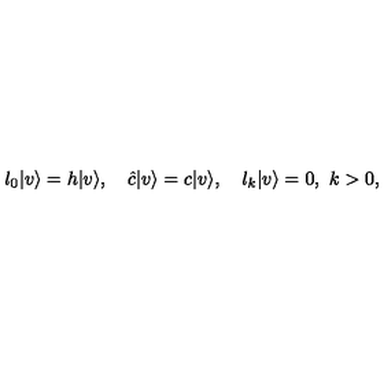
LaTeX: l _ { 0 } | v \rangle = h | v \rangle , \quad \hat { c } | v \rangle = c | v \rangle , \quad l _ { k } | v \rangle = 0 , \ k > 0 ,